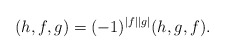
\begin{align*}(h,f,g)=(-1)^{|f||g|}(h,g,f).\end{align*}